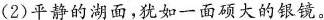
(2)平静的湖面，犹如一面硕大的银镜。